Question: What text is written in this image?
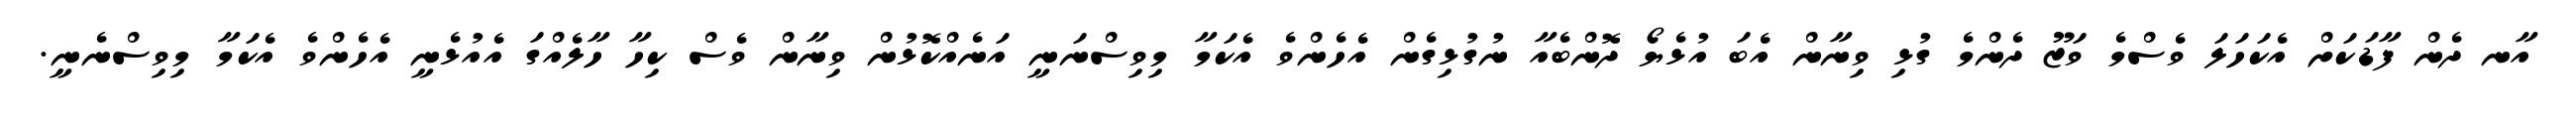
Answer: އާނ ދެން ފާޑަކަށް އެކަހަލަ ވެސްމެ ވަޒޫ ދެންމެ ގުޅި ވިނާން އެބަ އުޅެޔޯ ދޮންބެއާ ނުގުޅިގެން އެހެންވެ އެކަމާ މިވިސްނަނީ އަނެއްކޮޅުން ވިނާން ވެސް ކިހާ ހާލެއްގަ އެއުޅެނީ އެހެންވެ އެކަމާ މިވިސްނެނީ.